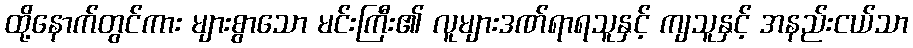
ထို့နောက်တွင်ကား များစွာသော မင်းကြီး၏ လူများဒဏ်ရာရသူနှင့် ကျသူနှင့် အနည်းငယ်သာ